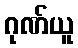
ဂုဏ်ယူ